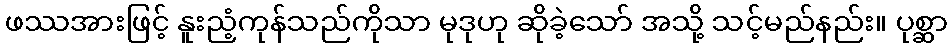
ဖဿအားဖြင့် နူးညံ့ကုန်သည်ကိုသာ မုဒုဟု ဆိုခဲ့သော် အသို့ သင့်မည်နည်း။ ပုစ္ဆာ